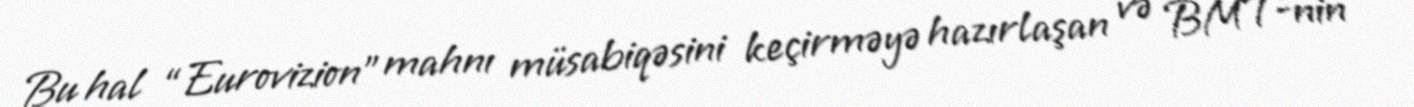
Bu hal “Eurovizion” mahnı müsabiqəsini keçirməyə hazırlaşan və BMT-nin